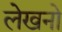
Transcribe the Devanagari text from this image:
लेखनो